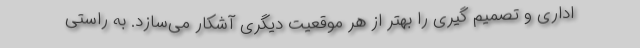
اداری و تصمیم گیری را بهتر از هر موقعیت دیگری آشکار می‌سازد. به راستی